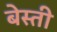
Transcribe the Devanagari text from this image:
बेस्ती